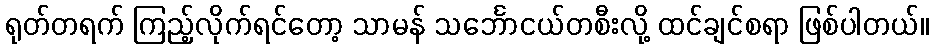
ရုတ်တရက် ကြည့်လိုက်ရင်တော့ သာမန် သင်္ဘောငယ်တစီးလို့ ထင်ချင်စရာ ဖြစ်ပါတယ်။